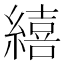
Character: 繥